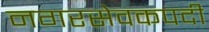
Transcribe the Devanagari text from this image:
नगरसेवकपदी